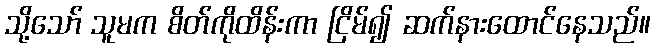
သို့သော် သူမက စိတ်ကိုထိန်းကာ ငြိမ်၍ ဆက်နားထောင်နေသည်။